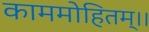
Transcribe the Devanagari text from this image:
काममोहितम्।।